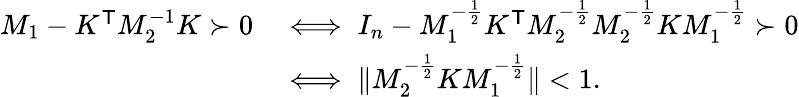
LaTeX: \begin{array}{rl}{M_{1}-K^{\mathsf{T}}M_{2}^{-1}K\succ 0}&{\iff I_{n}-M_{1}^{-\frac 12}K^{\mathsf{T}}M_{2}^{-\frac 12}M_{2}^{-\frac 12}KM_{1}^{-\frac 12}\succ 0}\\ {}&{\iff\| M_{2}^{-\frac 12}KM_{1}^{-\frac 12}\| <1.}\end{array}